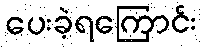
ပေးခဲ့ရကြောင်း